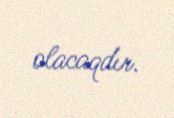
olacaqdır.